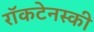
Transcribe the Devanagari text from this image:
राॅकटेनस्की